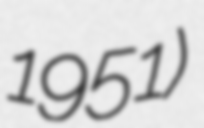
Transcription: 1951)